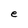
Character: e